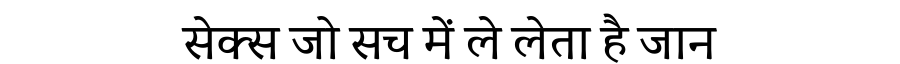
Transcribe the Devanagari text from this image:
सेक्स जो सच में ले लेता है जान